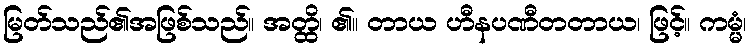
မြတ်သည်၏အဖြစ်သည်။ အတ္ထိ၊ ၏။ တာယ ဟီနပဏီတတာယ၊ ဖြင့်။ ကမ္မံ၊